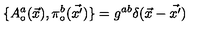
\{ A _ { \circ } ^ { a } ( \vec { x } ) , \pi _ { \circ } ^ { b } ( \vec { x ^ { \prime } } ) \} = g ^ { a b } \delta ( \vec { x } - \vec { x ^ { \prime } } )